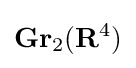
\mathbf {Gr} _{2}(\mathbf {R} ^{4})